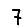
Digit: 7